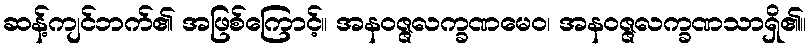
ဆန့်ကျင်ဘက်၏ အဖြစ်ကြောင့်။ အနဝဇ္ဇလက္ခဏမေဝ၊ အနဝဇ္ဇလက္ခဏသာရှိ၏။